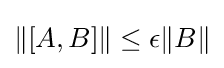
\|[A,B]\|\leq \epsilon \|B\|